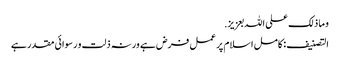
و ما ذلک علی اللہ بعزیز.
التصنیف : کامل اسلام پر عمل فرض ہے ورنہ ذلت و رسوائی مقدر ہے